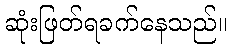
ဆုံးဖြတ်ရခက်နေသည်။